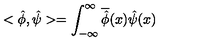
< \hat { \phi } , \hat { \psi } > = \int _ { - \infty } ^ { \infty } \overline { { \hat { \phi } } } ( x ) \hat { \psi } ( x )